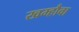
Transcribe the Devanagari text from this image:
खम्हौवा